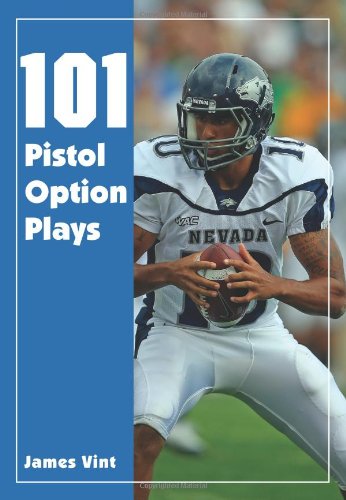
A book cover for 101 Pistol Option Plays; James Vint; Sports & Outdoors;